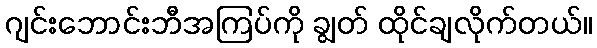
ဂျင်းဘောင်းဘီအကြပ်ကို ချွတ် ထိုင်ချလိုက်တယ်။